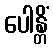
ပေါန္တိံ